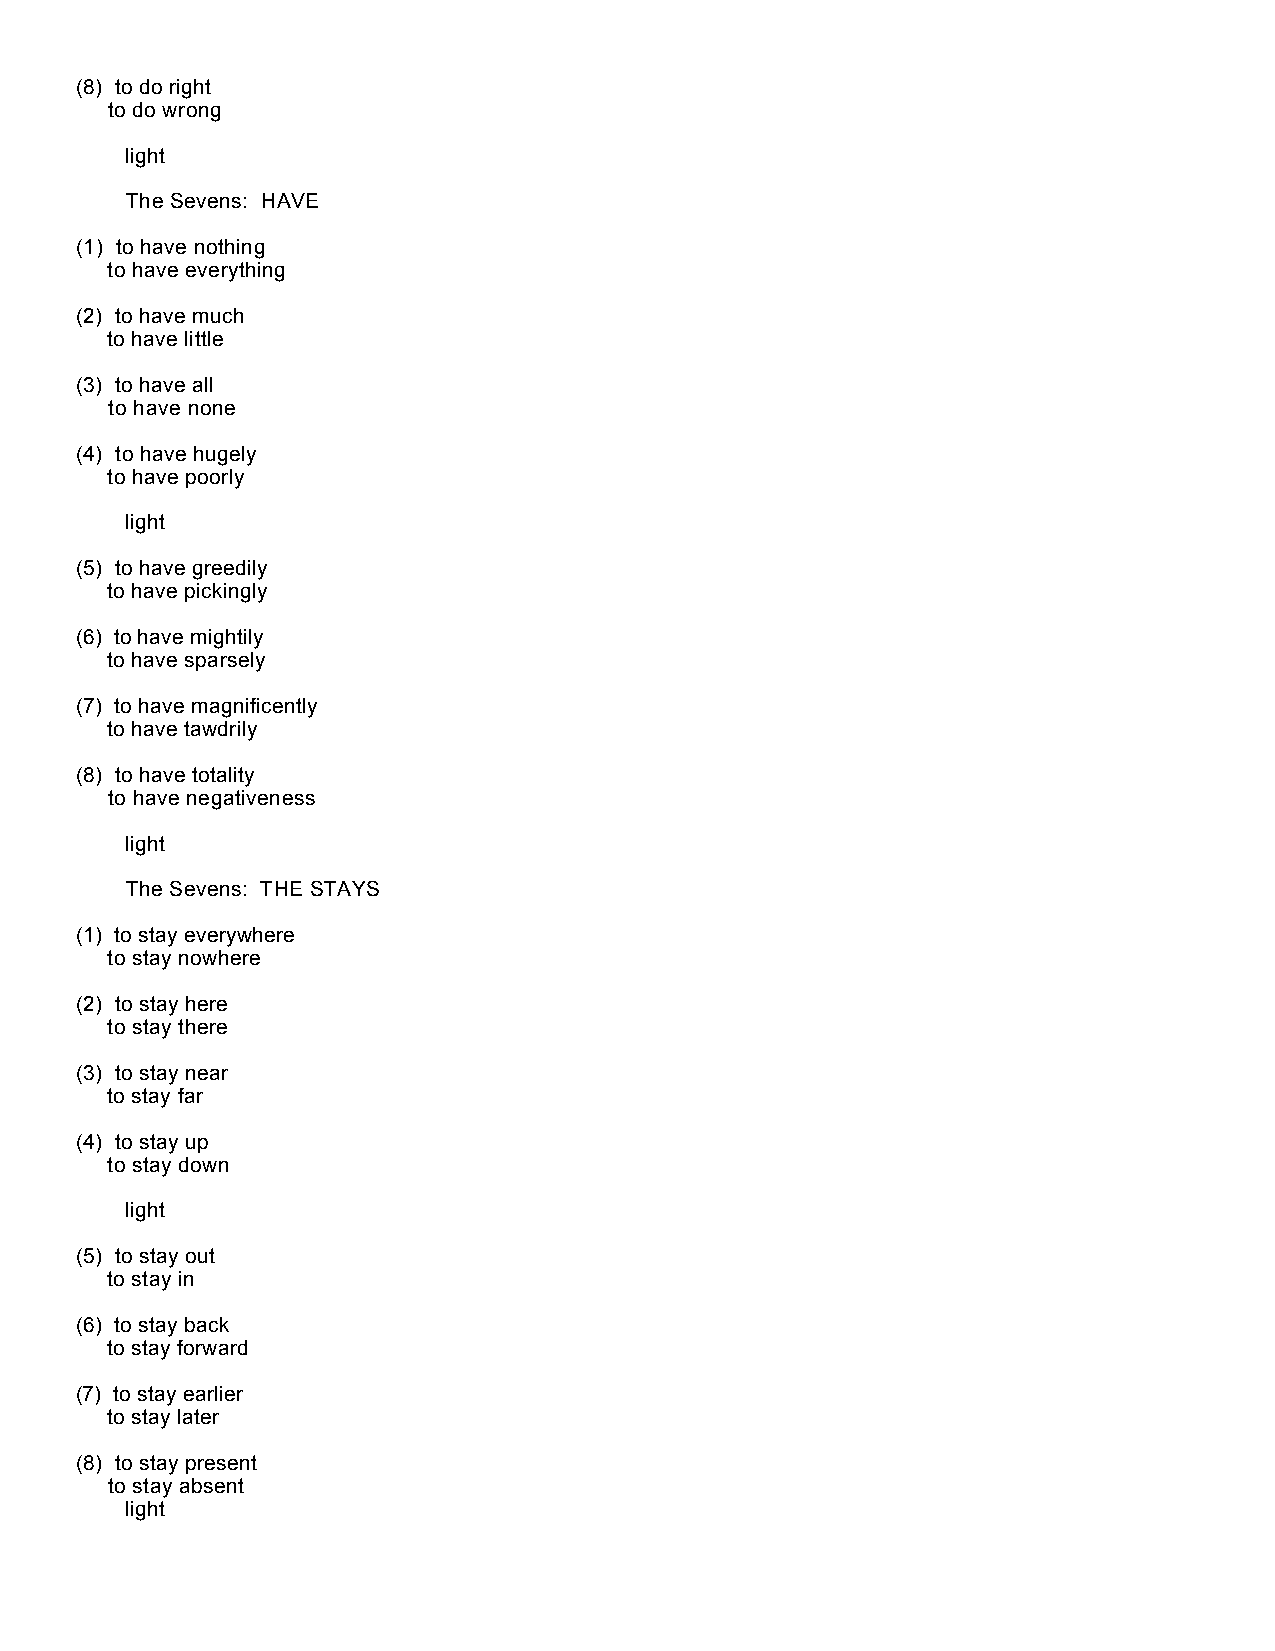
(8) to do right
 to do wrong
 light
 The Sevens: HAVE
 (1) to have nothing
 to have everything
 (2) to have much
 to have little
 (3) to have all
 to have none
 (4) to have hugely
 to have poorly
 light
 (5) to have greedily
 to have pickingly
 (6) to have mightily
 to have sparsely
 (7) to have magnificently
 to have tawdrily
 (8) to have totality
 to have negativeness
 light
 The Sevens: THE STAYS
 (1) to stay everywhere
 to stay nowhere
 (2) to stay here
 to stay there
 (3) to stay near
 to stay far
 (4) to stay up
 to stay down
 light
 (5) to stay out
 to stay in
 (6) to stay back
 to stay forward
 (7) to stay earlier
 to stay later
 (8) to stay present
 to stay absent
 light